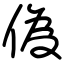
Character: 偽